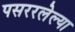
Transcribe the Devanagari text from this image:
पसररलेल्या